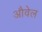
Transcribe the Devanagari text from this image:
औवेल